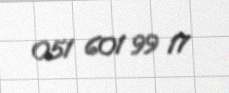
051 601 99 17